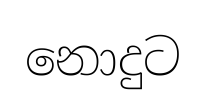
නොදුට